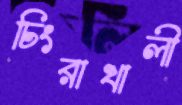
চিংরাখালী